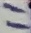
Text: 11